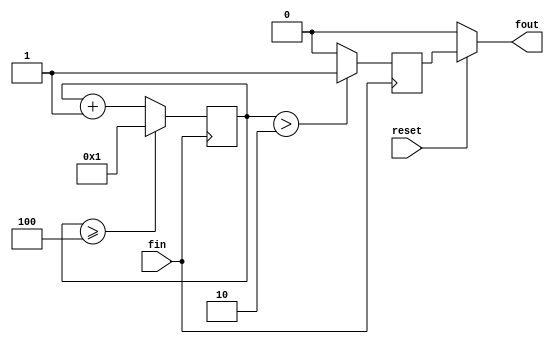
module fDIV( fin, fout, reset);
input fin, reset;
wire[31:0] Divn;
output fout;
reg fout0;
wire _fout;
wire[31:0] _Divn, ncount;
reg[31:0] count;

assign Divn = 32'd4;
//assign Divn = 32'd434;            //to output a clk of frequency 115200
assign _Divn={1'b0,Divn[31:1]};   //

always@(posedge fin)
begin
count <= ncount;
fout0 <= _fout;
end

assign ncount=(count>=Divn)?32'd1:count+1;//counter 
assign _fout=(count>_Divn)?1'b1:1'b0;//make half of the output clk 1 and half of it 0
assign fout=(reset == 1'b0)?1'b0:(Divn<8'd2)?fin:fout0;//reset

endmodule